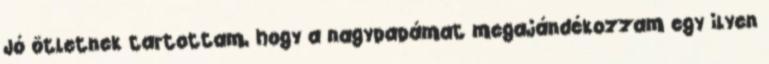
Jó ötletnek tartottam, hogy a nagypapámat megajándékozzam egy ilyen